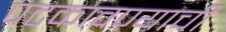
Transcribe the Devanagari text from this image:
पटकावण्याची